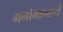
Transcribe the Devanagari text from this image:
मनोभाव्नायें